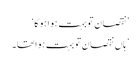
’نقصان تو بہت ہوا ہو گا‘
’ ہاں نقصان تو بہت ہوا تھا۔